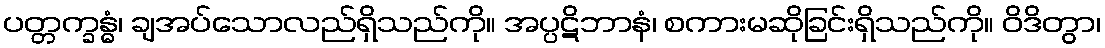
ပတ္တက္ခန္ဓံ၊ ချအပ်သောလည်ရှိသည်ကို။ အပ္ပဋိဘာနံ၊ စကားမဆိုခြင်းရှိသည်ကို။ ဝိဒိတွာ၊